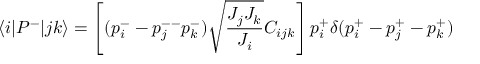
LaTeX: \langle i | P ^ { - } | j k \rangle = \left[ ( p _ { i } ^ { - } - p _ { j } ^ { -- } p _ { k } ^ { - } ) \sqrt { \frac { J _ { j } J _ { k } } { J _ { i } } } C _ { i j k } \right] p _ { i } ^ { + } \delta ( p _ { i } ^ { + } - p _ { j } ^ { + } - p _ { k } ^ { + } )